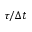
\tau / \Delta t